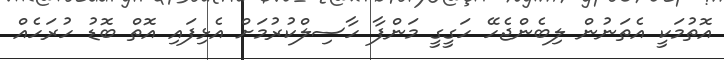
އޮތުމަކީ އެތަނުން ލިބެންޖެހޭ ހަގީގީ މަންފާ ހާސިލްކުރުމަށް އެޅިފައި އޮތް ބޮޑު ހުރަހެއް